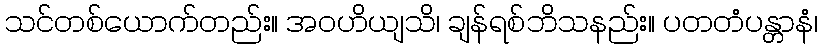
သင်တစ်ယောက်တည်း။ အဝဟိယျသိ၊ ချန်ရစ်ဘိသနည်း။ ပတတံပန္တာနံ၊